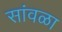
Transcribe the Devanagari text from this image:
सांवळा